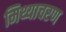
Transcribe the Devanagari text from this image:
मिथ्याचरण